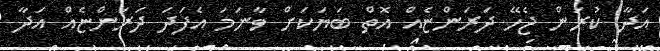
އަދާ ކުރަން ޖެހޭ ދަރަންޏެއް އޮތް ބަޔަކަށް ވާނަމަ އެފަދަ ދަރަންޏެއް އަދާ